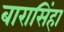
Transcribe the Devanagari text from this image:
बारासिंहा